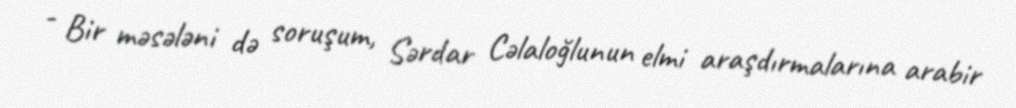
- Bir məsələni də soruşum, Sərdar Cəlaloğlunun elmi araşdırmalarına arabir